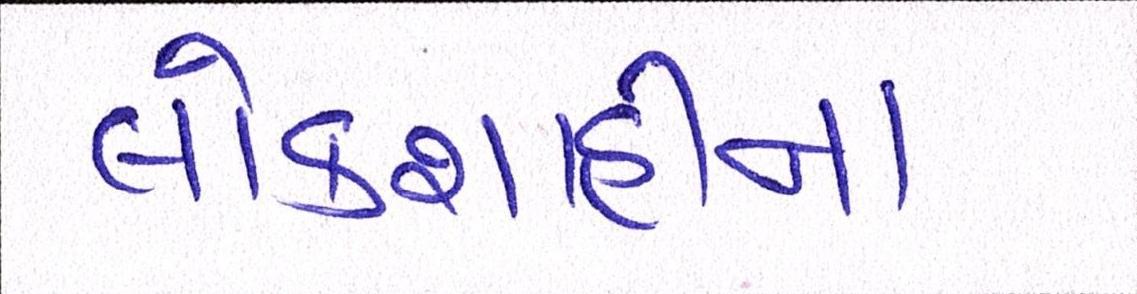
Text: લોકશાહીના